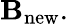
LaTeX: \mathbf{B}_{\mathrm{{new}}}.